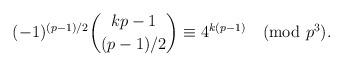
LaTeX: \begin{align*}(-1)^{(p-1)/2}\binom{kp-1}{(p-1)/2}\equiv 4^{k(p-1)} \pmod{p^3}.\end{align*}